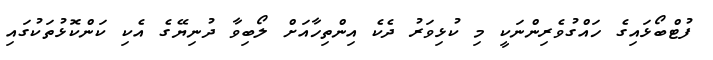
ފުޓްބޯޅައިގެ ހައްގުވެރިންނަކީ މި ކުޅިވަރު ދެކެ އިންތިހާއަށް ލޯބިވާ ދުނިޔޭގެ އެކި ކަންކޮޅުތަކުގައި